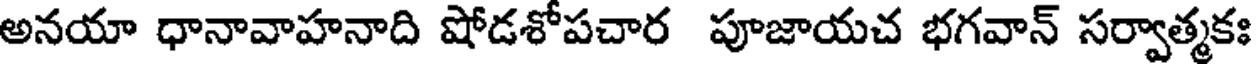
అనయా ధానావాహనాది షోడశోపచార పూజాయచ భగవాన్ సర్వాత్మకః